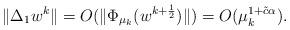
LaTeX: \begin{align*}\|\Delta_1w^k\|=O(\|\Phi_{\mu_k}({w}^{k+\frac{1}{2}})\|)=O(\mu_k^{1+\tilde{c}\alpha}).\end{align*}